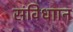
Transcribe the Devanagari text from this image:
संविधाान